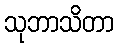
သုဘာသိတာ